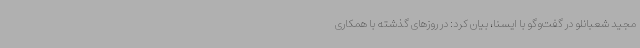
مجید شعبانلو در گفت‌وگو با ایسنا، بیان کرد: در روزهای گذشته با همکاری